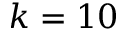
k = 1 0